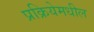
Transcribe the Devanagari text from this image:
प्रक्रियेमधील